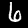
Digit: 6